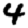
Digit: 4